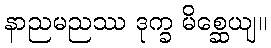
နာညမညဿ ဒုက္ခ မိစ္ဆေယျ။